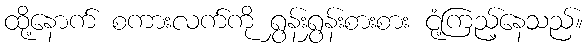
ထို့နောက် စကားလက်ကို ရွှန်းရွှန်းစားစား ငုံ့ကြည့်နေသည်။